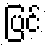
ပြင်